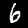
Digit: 6